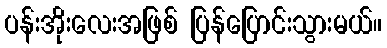
ပန်းအိုးလေးအဖြစ် ပြန်ပြောင်းသွားမယ်။